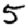
Digit: 5